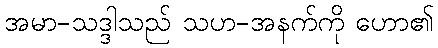
အမာ-သဒ္ဒါသည် သဟ-အနက်ကို ဟော၏